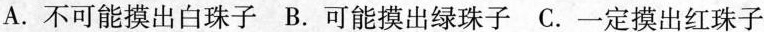
A.不可能摸出白珠子 B.可能摸出绿珠子 C.一定摸出红珠子